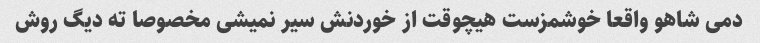
دمی شاهو واقعا خوشمزست هیچوقت از خوردنش سیر نمیشی مخصوصا ته دیگ روش